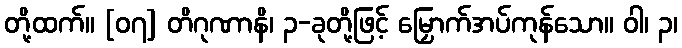
တို့ထက်။ [၀၇] တိဂုဏာနိ၊ ၃-ခုတို့ဖြင့် မြှောက်အပ်ကုန်သော။ ဝါ၊ ၃၊